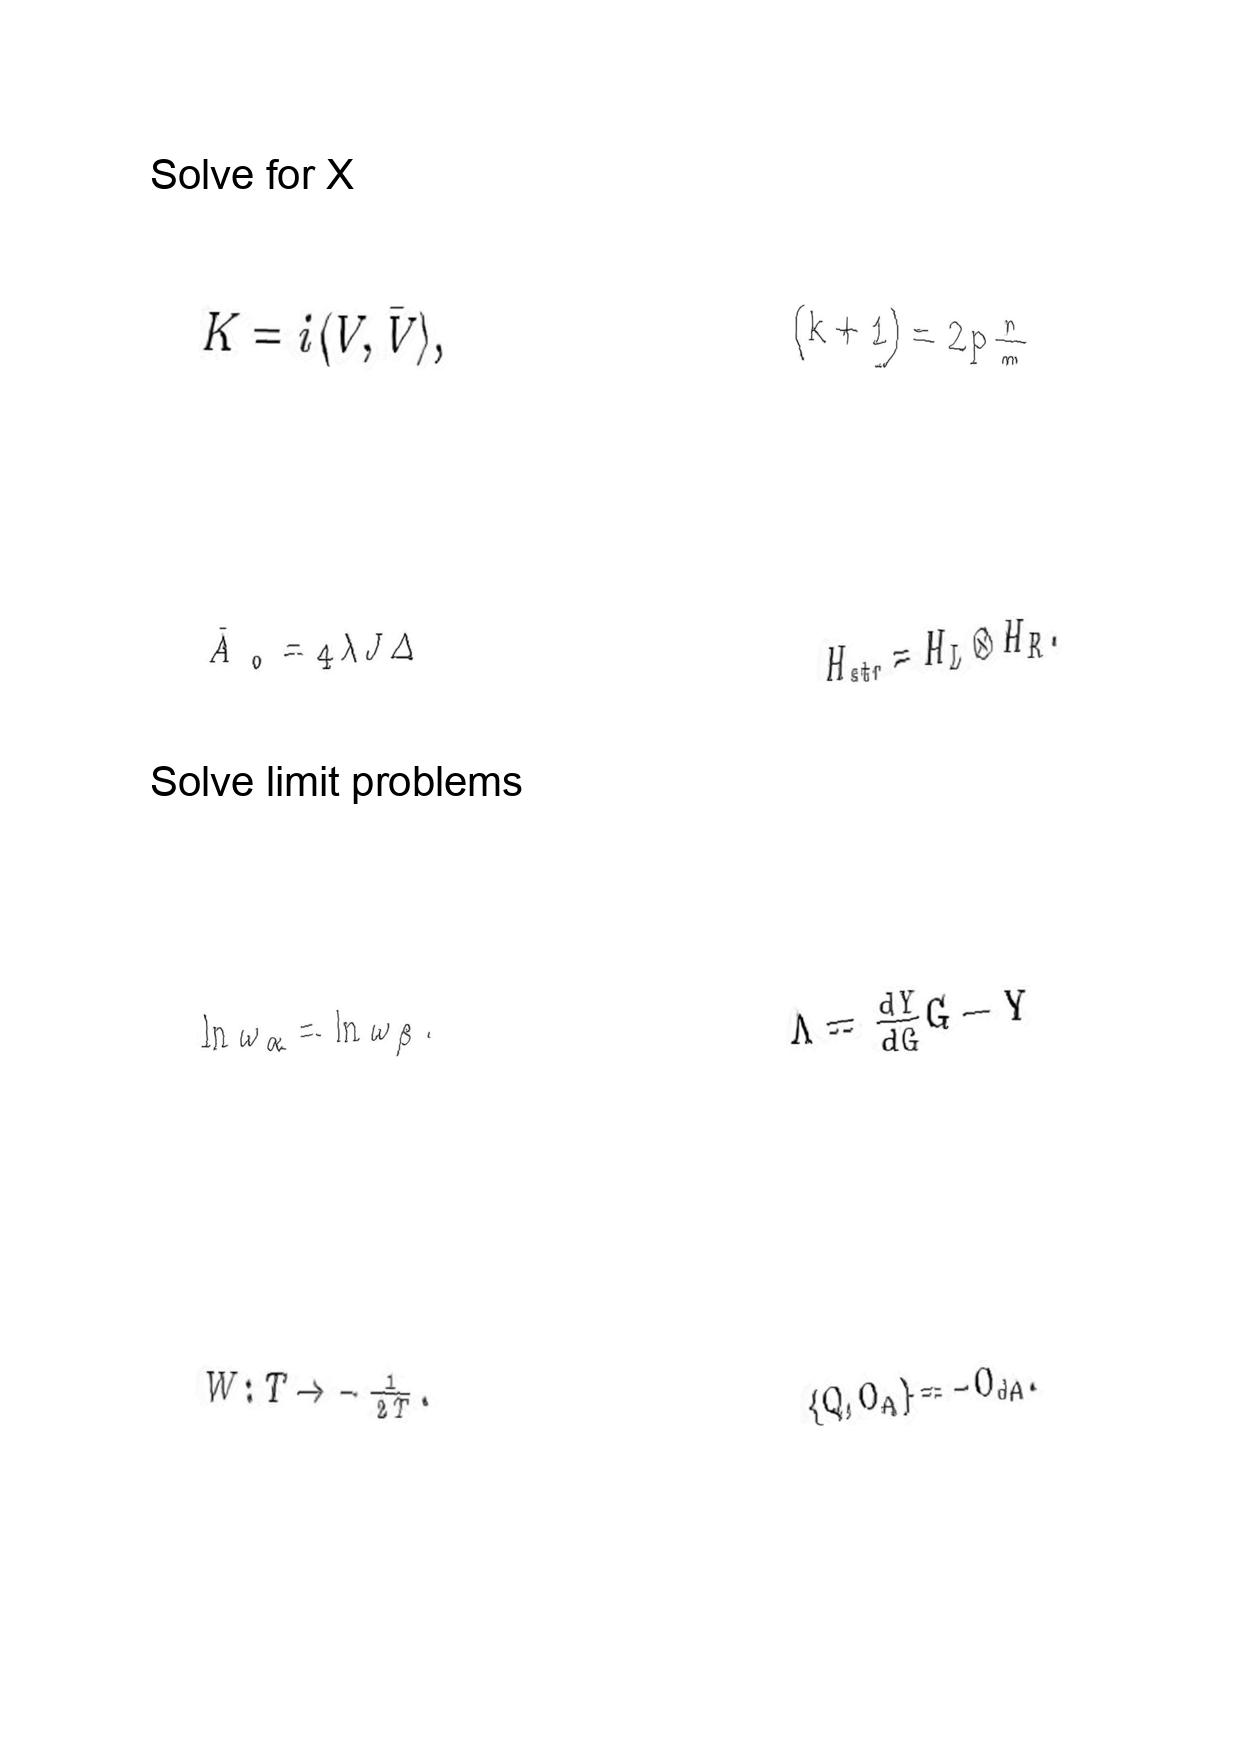
LaTeX transcription:
K = i \langle V , \bar { V } \rangle ,
\tilde { A } _ { 0 } = 4 \lambda J \Delta
\ln \omega _ { \alpha } = \ln \omega _ { \beta } .
W : T \rightarrow - \frac { 1 } { 2 T } .
\lparen k + 1 \rparen = 2 p \frac { n } { m }
H _ { s t r } = H _ { L } \otimes H _ { R } .
\Lambda = \frac { d Y } { d G } G - Y
\lbrace Q , O _ { A } \rbrace = - O _ { d A } .